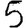
Digit: 5